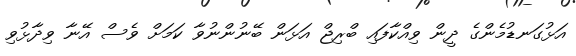
އަޅުގަނޑުމެންގެ ދީން ވިއްކާފައި ބްރިޖް އަޅަން ބޭނުންނުވާ ކަމަށް ވެސް އޭނާ ވިދާޅުވި